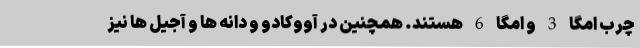
چرب امگا 3 و امگا 6 هستند. همچنین در آووکادو و دانه ها و آجیل ها نیز